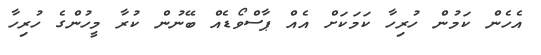
އެހެން ކަމުން ހުރިހާ ކަމަކަށް އެއް ޕާސްވޯޑެއް ބޭނުން ކުރާ މީހުންގެ ހުރިހާ